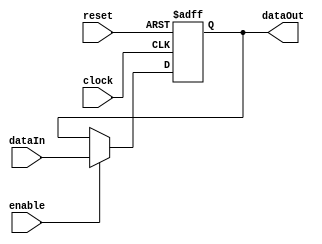
`timescale 1ns / 1ps
//////////////////////////////////////////////////////////////////////////////////
// Company: 
// Engineer: 
// 
// Design Name: 
// Module Name: register
// Project Name: 
// Target Devices: 
// Tool Versions: 
// Description: 
// 
// Dependencies: 
// 
// Revision:
// Revision 0.01 - File Created
// Additional Comments:
// 
//////////////////////////////////////////////////////////////////////////////////


module register #(parameter size=8)(
    
    //inputs
    
    input clock,
    input reset,
    input enable,
    input[size-1:0] dataIn,
    
    //output
    
    output reg [size-1:0] dataOut
    );
    
    always@(posedge clock,posedge reset)
    begin
    if(reset) dataOut <= 0;
    else if (enable) dataOut <= dataIn;
    else dataOut<=dataOut;
    end
endmodule